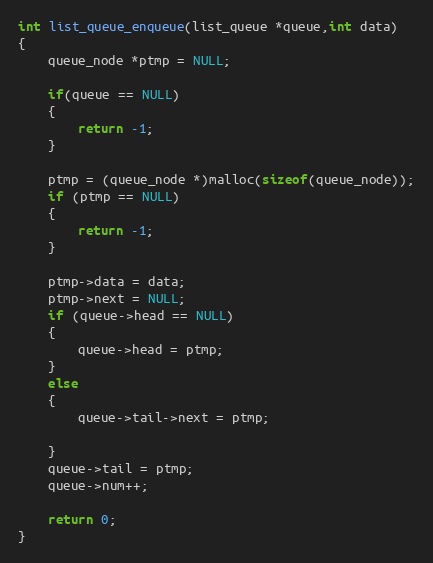
Language: C
int list_queue_enqueue(list_queue *queue,int data)
{
	queue_node *ptmp = NULL;

	if(queue == NULL)
	{
		return -1;
	}

	ptmp = (queue_node *)malloc(sizeof(queue_node));
	if (ptmp == NULL)
	{
		return -1;
	}

	ptmp->data = data;
	ptmp->next = NULL;
	if (queue->head == NULL)
	{
		queue->head = ptmp;
	}
	else
	{
	    queue->tail->next = ptmp;

	}
	queue->tail = ptmp;
	queue->num++;

	return 0;
}